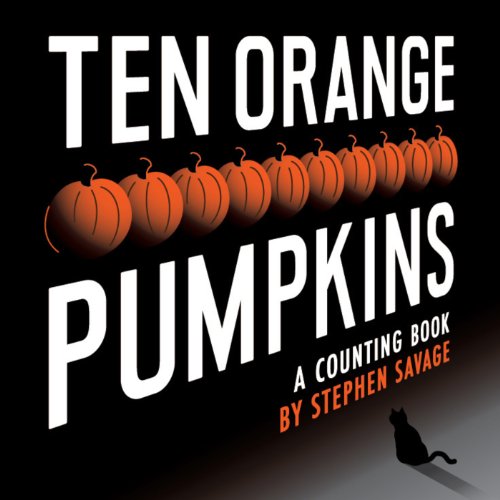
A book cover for Ten Orange Pumpkins: A Counting Book; Stephen Savage; Children's Books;